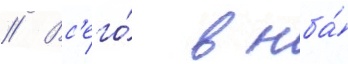
// Вс'его́ в нба́